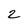
Character: 2